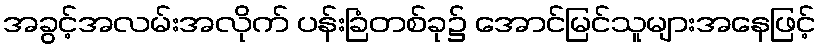
အခွင့်အလမ်းအလိုက် ပန်းခြံတစ်ခု၌ အောင်မြင်သူများအနေဖြင့်